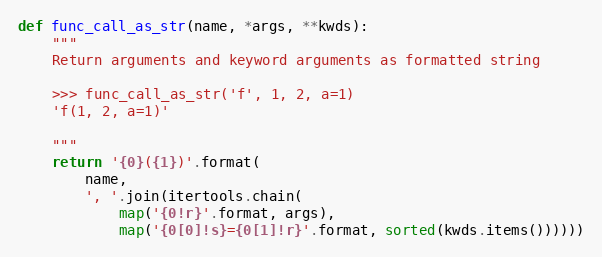
Language: Python
def func_call_as_str(name, *args, **kwds):
    """
    Return arguments and keyword arguments as formatted string

    >>> func_call_as_str('f', 1, 2, a=1)
    'f(1, 2, a=1)'

    """
    return '{0}({1})'.format(
        name,
        ', '.join(itertools.chain(
            map('{0!r}'.format, args),
            map('{0[0]!s}={0[1]!r}'.format, sorted(kwds.items())))))